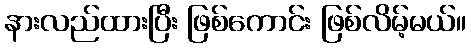
နားလည်ထားပြီး ဖြစ်ကောင်း ဖြစ်လိမ့်မယ်။